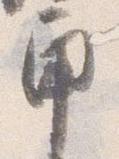
角